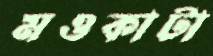
মওকাটা